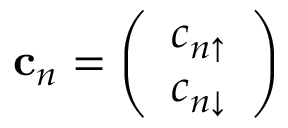
\mathbf { c } _ { n } = \left( \begin{array} { l } { c _ { n \uparrow } } \\ { c _ { n \downarrow } } \end{array} \right)